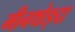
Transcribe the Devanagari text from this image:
मीनथोङ्दा